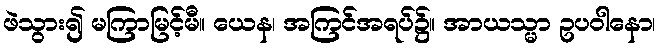
ဖဲသွား၍ မကြာမြင့်မီ။ ယေန၊ အကြင်အရပ်၌။ အာယသ္မာ ဥပဝါနော၊